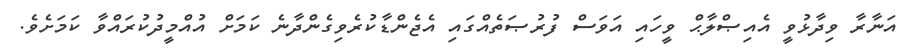
އަނާރާ ވިދާޅުވީ އެއިޞްލާޙް ވީހައި އަވަސް ފުރުޞަތެއްގައި އެޖެންޑާކުރެވިގެންދާނެ ކަމަށް އުއްމީދުކުރައްވާ ކަމަށެވެ.